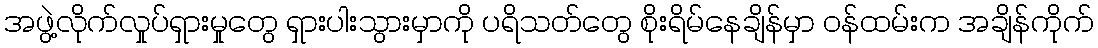
အဖွဲ့လိုက်လှုပ်ရှားမှုတွေ ရှားပါးသွားမှာကို ပရိသတ်တွေ စိုးရိမ်နေချိန်မှာ ဝန်ထမ်းက အချိန်ကိုက်